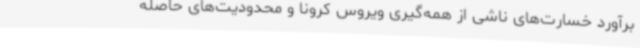
برآورد خسارت‌های ناشی از همه‌گیری ویروس کرونا و محدودیت‌های حاصله